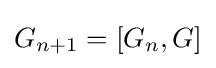
G_{n+1}=[G_{n},G]